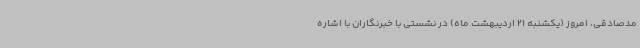
مدصادقی، امروز (یکشنبه 21 اردیبهشت ماه) در نشستی با خبرنگاران با اشاره